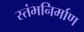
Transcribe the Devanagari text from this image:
स्तंभनिर्माण